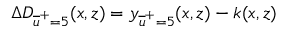
\Delta D _ { \overline { { u } } ^ { + } = 5 } ( x , z ) = y _ { \overline { { u } } ^ { + } = 5 } ( x , z ) - k ( x , z )